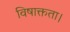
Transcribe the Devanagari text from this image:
विषाक्तता।